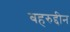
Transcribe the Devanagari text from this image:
बहरुद्दीन